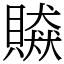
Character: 贆